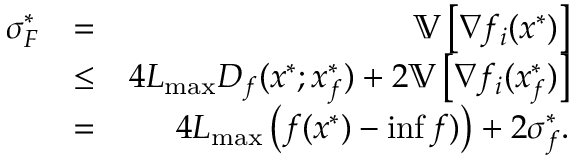
\begin{array} { r l r } { \sigma _ { F } ^ { * } } & { = } & { \mathbb { V } \left[ \nabla f _ { i } ( x ^ { * } ) \right] } \\ & { \leq } & { 4 L _ { \operatorname* { m a x } } D _ { f } ( x ^ { * } ; x _ { f } ^ { * } ) + 2 \mathbb { V } \left[ \nabla f _ { i } ( x _ { f } ^ { * } ) \right] } \\ & { = } & { 4 L _ { \operatorname* { m a x } } \left( f ( x ^ { * } ) - \operatorname* { i n f } f ) \right) + 2 \sigma _ { f } ^ { * } . } \end{array}